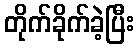
တိုက်ခိုက်ခဲ့ပြီး